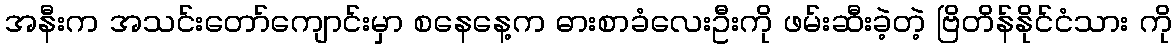
အနီးက အသင်းတော်ကျောင်းမှာ စနေနေ့က ဓားစာခံလေးဦးကို ဖမ်းဆီးခဲ့တဲ့ ဗြိတိန်နိုင်ငံသား ကို